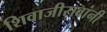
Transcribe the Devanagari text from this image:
शिवाजीरावांनी